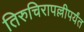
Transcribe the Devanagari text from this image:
तिरुचिरापल्लीपर्यंत